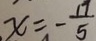
x = - \frac { 1 7 } { 5 }